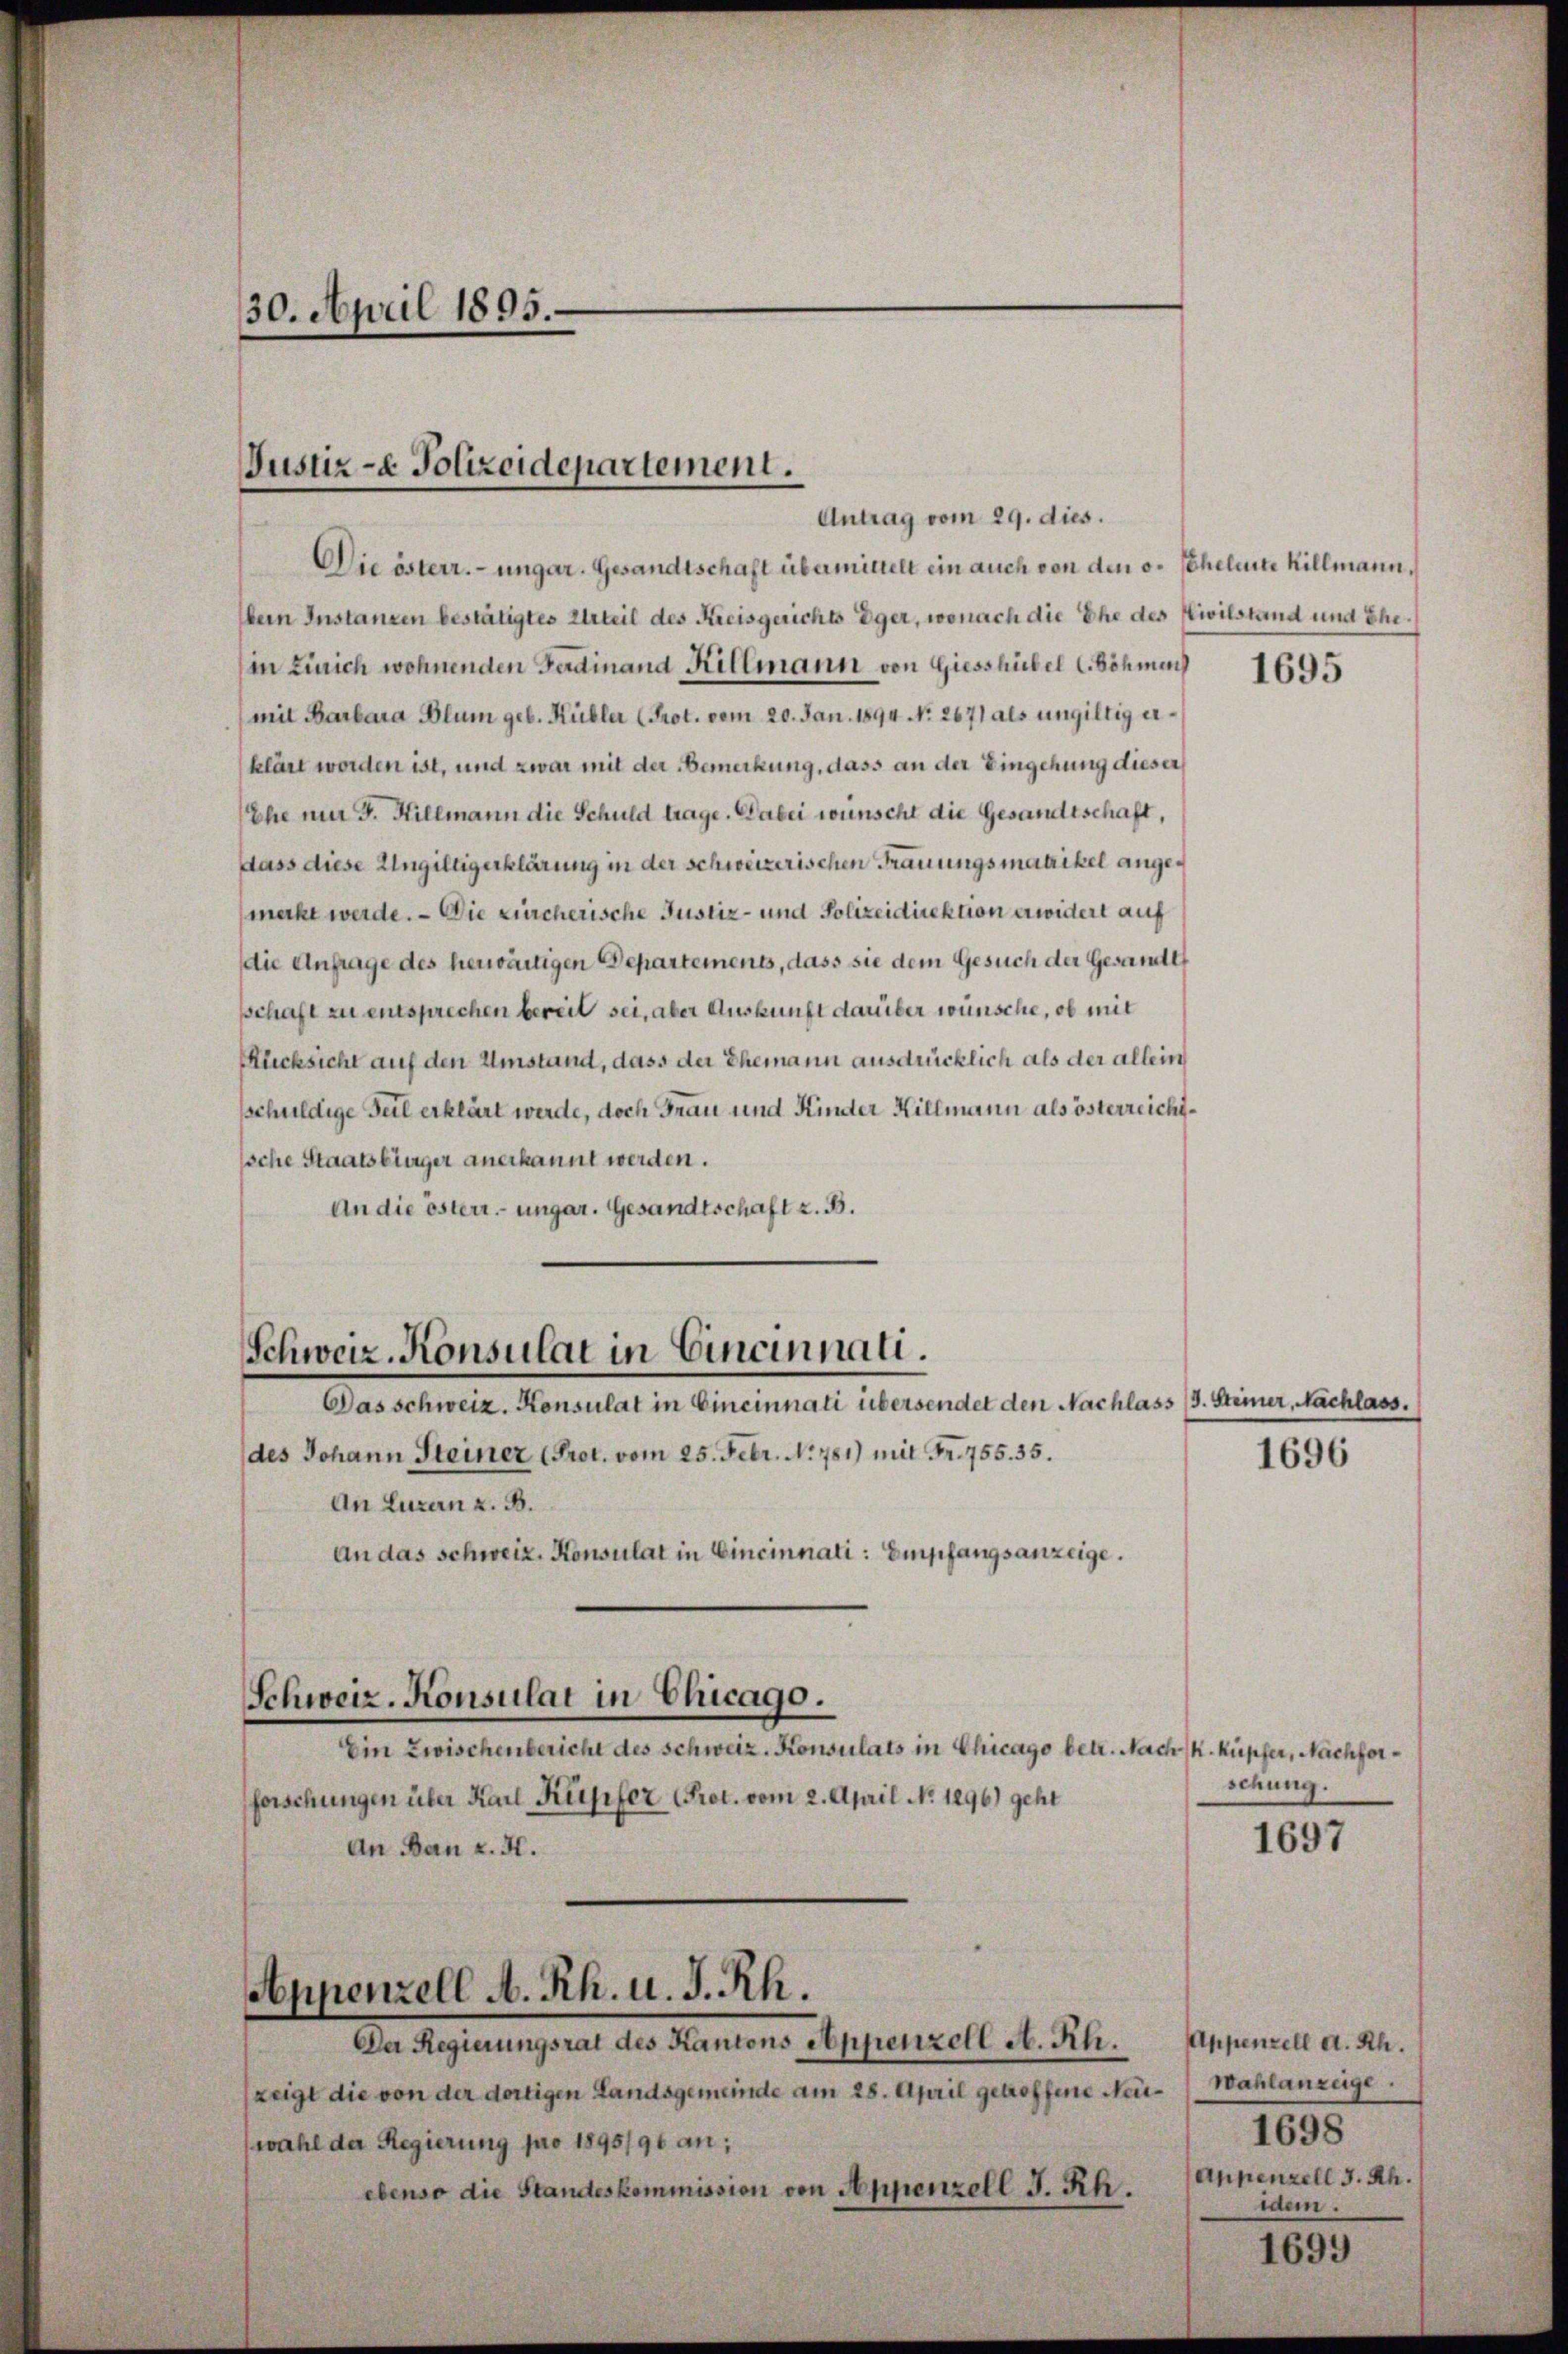
Die österr. ungar. Gesandtschaft übermittelt ein auch von den v. Scheleite Killmann,
Dein Instanzen bestätigtes Urteil des Kreisgerichts Eger, wonach die Ehe des Civilstand und Ehein Zürich wohnenden Ferdinand Rittmann von Giesshübel (Böhmen
mit Barbara Blum geb. Kübler (Prot. vom 20. Jan. 1894 No. 2671 als ungültig erklärt worden ist, und zwar mit der Bemerkung, dass an der Eingehung dieser
Ehe mir J. Hillmann die Schuld trage. Dabei wünscht die Gesandtschaft,
dass diese Ungültigerklärung in der schweizerischen Trauungsmatrikel angemerkt werde. — Die Kircherische Justiz- und Polizeidirektion erwidert auf
die Anfrage des herwärtigen Departement, dass sie dem Gesuch der Gesamtet
schaft zu entsprechen bereit sei, aber Auskunft darüber wünsche, ob mit
Rlicksicht auf den Umstand, dass der Ehemann ausdrücklich als der allein
sschuldige Teil erklärt werde, doch Frau und Kinder Hillmann als österreichische Staatsbürger anerkannt werden.
An die österr. ungar. Gesandtschaft z. B.

30. April 1895.

Justiz- & Polizeidepartement.
Antrag vom 29. dies.

Schweiz. Konsulat in Cincinnati.
Das schweiz. Konsulat in Cincinnati übersendet den Nachlass (s. Steiner, Nachlass.

des Johann Steiner (Prot. vom 25. Febr. No. 781) mit Fr. 755. 35.
An Luzern z. B.
An das Schweiz. Konsulat in Cincinnati: Empfangsanzeige.
Schweiz. Konsulat in Chicago.
Ein Zwischenbericht des Schweiz. Konsulats in Chicago betr. Nach K. kupfer, Nachforforschungen über Karl Kupfer (Prot. vom 2. April No 1296) geht
An Bau u. H.
Appenzell A. Rh. u. J. Rh.
Da Regierungsrat des Kantons Appenzell M. Reli. Appenzelt d. d.
zeigt die von der dortigen Landsgemeinde am 28. April getroffene Neu- (Wahlanzeige
wahl der Regierung pro 1895/96 an;
ebenso die Standeskommission von Appenzell I. Rh.

1695

1696

schung.

1697

1698
Appenzell I. Rh.
idem.

1699